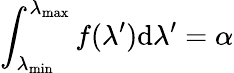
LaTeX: \int_{\lambda_{\operatorname*{min}}}^{\lambda_{\operatorname*{max}}}f(\lambda^{\prime})\mathrm{d}\lambda^{\prime}=\alpha